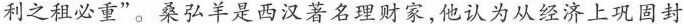
利之租必重”。桑弘羊是西汉著名理财家,他认为从经济上巩固封